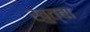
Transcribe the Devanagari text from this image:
खुत्बा